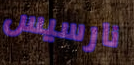
نارسيس